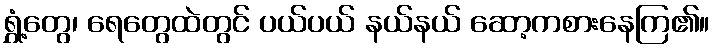
ရွှံ့တွေ၊ ရေတွေထဲတွင် ပယ်ပယ် နယ်နယ် ဆော့ကစားနေကြ၏။